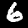
Digit: 6